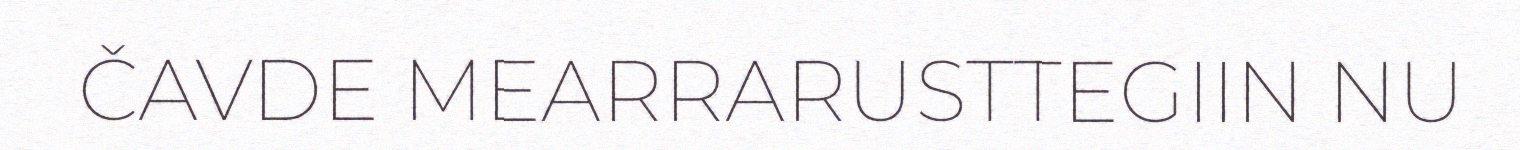
ČAVDE MEARRARUSTTEGIIN NU